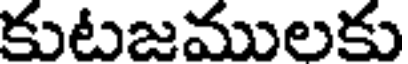
కుటజములకు